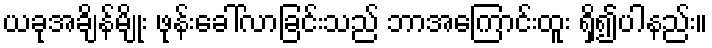
ယခုအချိန်မျိုး ဖုန်းခေါ်လာခြင်းသည် ဘာအကြောင်းထူး ရှိ၍ပါနည်း။